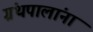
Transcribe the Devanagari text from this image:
ग्रंथपालांना